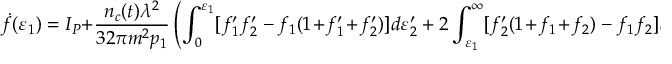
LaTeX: \dot { f } ( \varepsilon _ { 1 } ) = I _ { P } + \frac { n _ { c } ( t ) \lambda ^ { 2 } } { 3 2 \pi m ^ { 2 } p _ { 1 } } \left( \int _ { 0 } ^ { \varepsilon _ { 1 } } [ f _ { 1 } ^ { \prime } f _ { 2 } ^ { \prime } - f _ { 1 } ( 1 \! + \! f _ { 1 } ^ { \prime } \! + \! f _ { 2 } ^ { \prime } ) ] d \varepsilon _ { 2 } ^ { \prime } + 2 \int _ { \varepsilon _ { 1 } } ^ { \infty } [ f _ { 2 } ^ { \prime } ( 1 \! + \! f _ { 1 } \! + \! f _ { 2 } ) - f _ { 1 } f _ { 2 } ] d \varepsilon _ { 2 } ^ { \prime } \right) ~ .